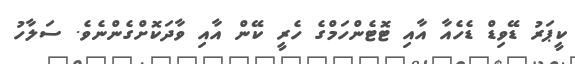
ކީޕަރު ޑޭވިޑް ޑެހެއާ އާއި ޓޮޓެންހަމްގެ ހެރީ ކޭން އާއި ވާދަކޮށްގެންނެވެ. ސަލާހު